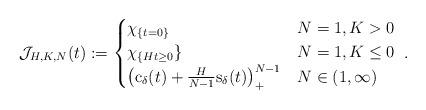
LaTeX: \begin{align*}{\mathcal J}_{H,K,N}(t) :=\begin{cases}\chi_{\{t=0\}} & N = 1 , K > 0 \\\chi_{\{H t \geq 0}\} & N = 1 , K \leq 0 \\\left({\rm c}_\delta(t) + \frac{H}{N-1} {\rm s}_\delta(t)\right)_+^{N-1} & N \in (1,\infty) \\\end{cases} ~.\end{align*}